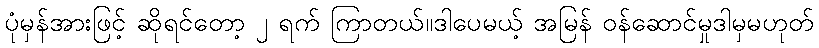
ပုံမှန်အားဖြင့် ဆိုရင်တော့ ၂ ရက် ကြာတယ်။ဒါပေမယ့် အမြန် ဝန်ဆောင်မှုဒါမှမဟုတ်